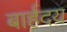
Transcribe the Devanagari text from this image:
बार्हदय